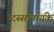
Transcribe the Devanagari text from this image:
दस्सानायके